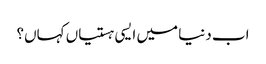
اب دنیا میں ایسی ہستیاں کہاں؟